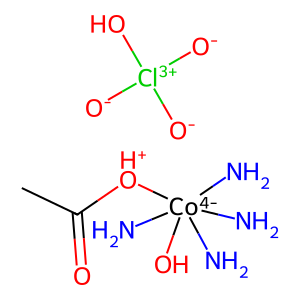
SMILES: CC(=O)[OH+][Co-4](N)(N)(N)(N)O.[O-][Cl+3]([O-])([O-])O
Inhibits HIV replication: No